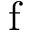
\mathrm { f }